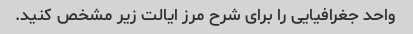
واحد جغرافیایی را برای شرح مرز ایالت زیر مشخص کنید.